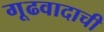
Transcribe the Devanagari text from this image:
गूढवादाची